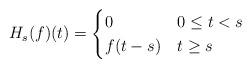
LaTeX: \begin{align*}H_s(f)(t) &=\begin{cases}0 & 0\leq t<s \\f(t-s) & t\geq s\end{cases}\end{align*}